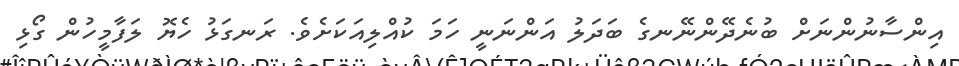
އިންސާނުންނަށް ބުނެދޭންނޭނގެ ބަދަލު އަންނަނީ ހަމަ ކުއްލިއަކަށެވެ. ރަނގަޅު ހެޔޮ ލަފާމީހުން ގޯޅި